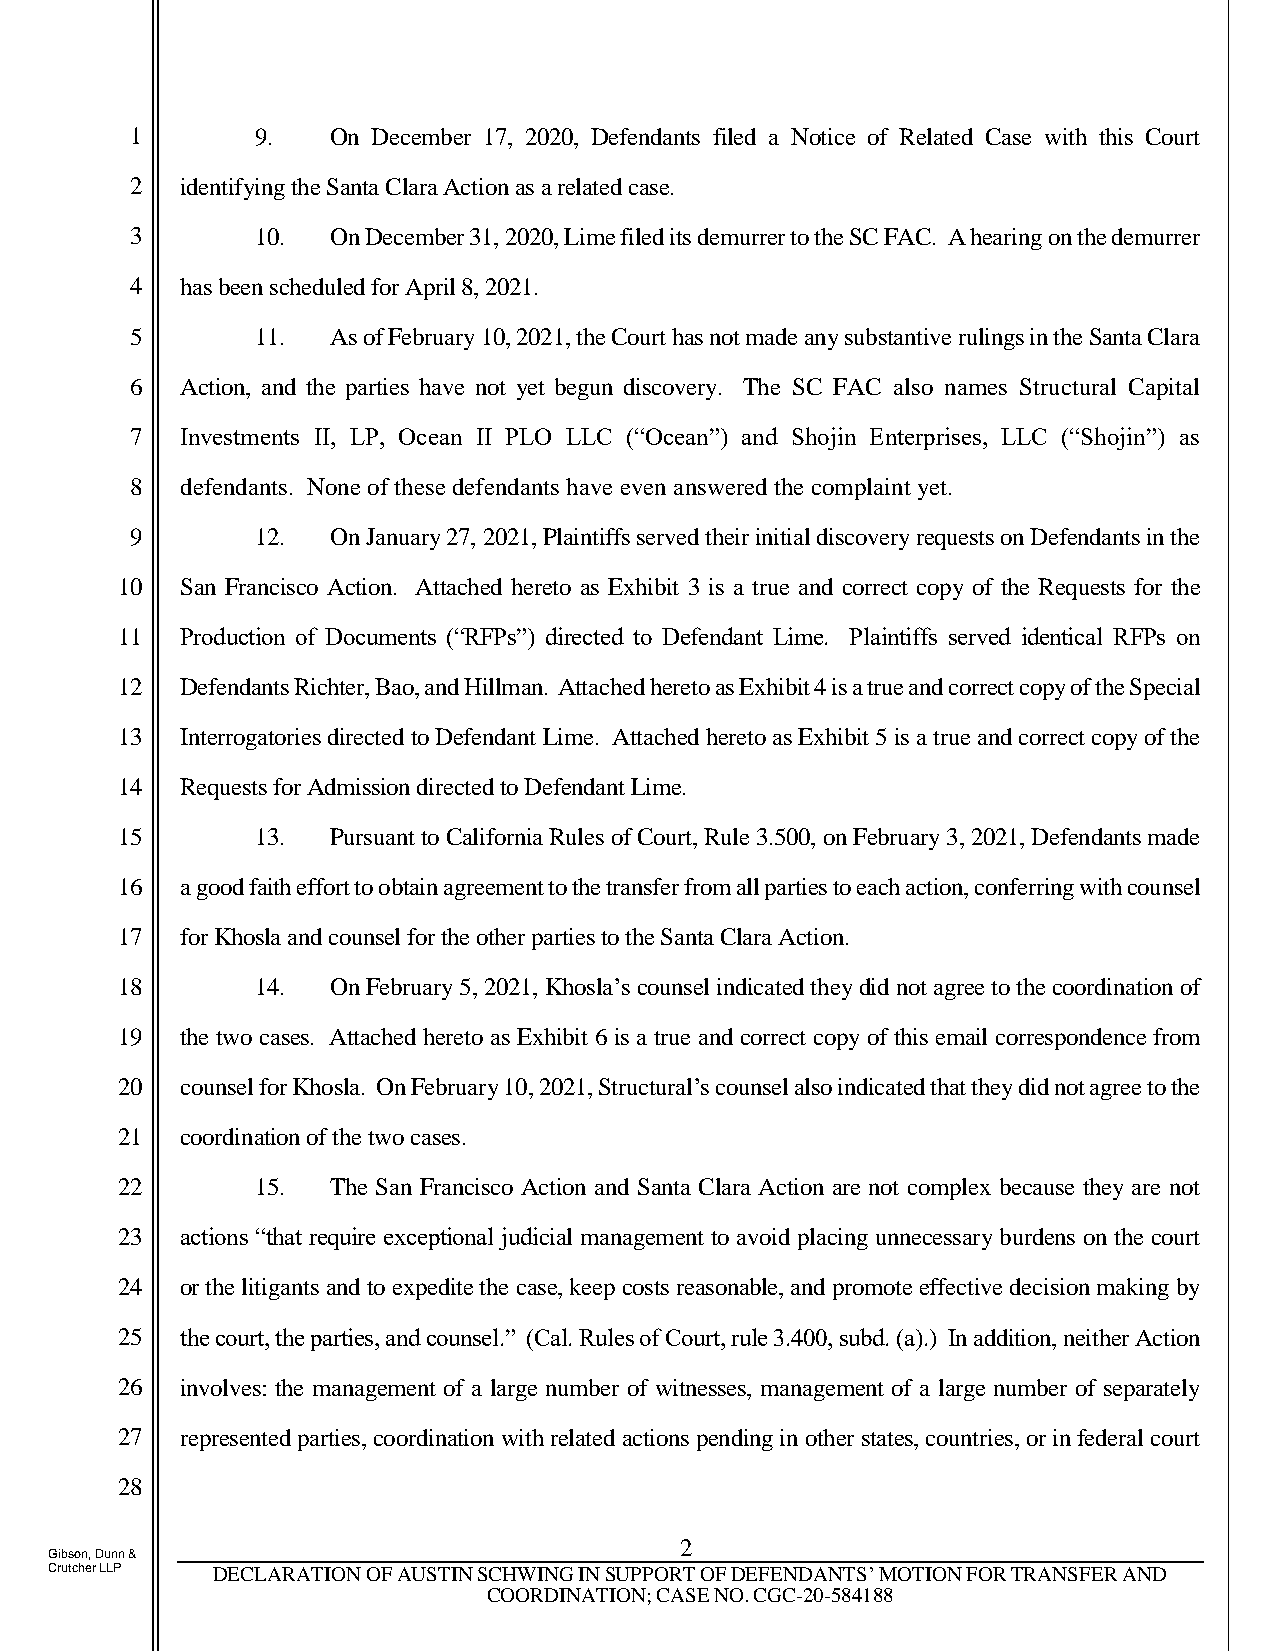
1       9.   On December 17, 2020, Defendants filed a Notice of Related Case with this Court
 2  identifying the Santa Clara Action as a related case.
 3       10.  On December 31, 2020, Lime filed its demurrer to the SC FAC. A hearing on the demurrer
 4  has been scheduled for April 8, 2021.
 5       11.  As of February 10, 2021, the Court has not made any substantive rulings in the Santa Clara
 6  Action, and the parties have not yet begun discovery. The SC FAC also names Structural Capital
 7  Investments II, LP, Ocean II PLO LLC (“Ocean”) and Shojin Enterprises, LLC (“Shojin”) as
 8  defendants. None of these defendants have even answered the complaint yet.
 9       12.  On January 27, 2021, Plaintiffs served their initial discovery requests on Defendants in the
 10  San Francisco Action. Attached hereto as Exhibit 3 is a true and correct copy of the Requests for the
 11  Production of Documents (“RFPs”) directed to Defendant Lime. Plaintiffs served identical RFPs on
 12  Defendants Richter, Bao, and Hillman. Attached hereto as Exhibit 4 is a true and correct copy of the Special
 13  Interrogatories directed to Defendant Lime. Attached hereto as Exhibit 5 is a true and correct copy of the
 14  Requests for Admission directed to Defendant Lime.
 15       13.  Pursuant to California Rules of Court, Rule 3.500, on February 3, 2021, Defendants made
 16  a good faith effort to obtain agreement to the transfer from all parties to each action, conferring with counsel
 17  for Khosla and counsel for the other parties to the Santa Clara Action.
 18       14.  On February 5, 2021, Khosla’s counsel indicated they did not agree to the coordination of
 19  the two cases. Attached hereto as Exhibit 6 is a true and correct copy of this email correspondence from
 20  counsel for Khosla. On February 10, 2021, Structural’s counsel also indicated that they did not agree to the
 21  coordination of the two cases.
 22       15.  The San Francisco Action and Santa Clara Action are not complex because they are not
 23  actions “that require exceptional judicial management to avoid placing unnecessary burdens on the court
 24  or the litigants and to expedite the case, keep costs reasonable, and promote effective decision making by
 25  the court, the parties, and counsel.” (Cal. Rules of Court, rule 3.400, subd. (a).) In addition, neither Action
 26  involves: the management of a large number of witnesses, management of a large number of separately
 27  represented parties, coordination with related actions pending in other states, countries, or in federal court
 28
 2
 Gibson, Dunn &
 Crutcher LLP DECLARATION OF AUSTIN SCHWING IN SUPPORT OF DEFENDANTS’ MOTION FOR TRANSFER AND
 COORDINATION; CASE NO. CGC-20-584188